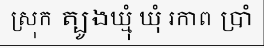
ស្រុក ត្បូងឃ្មុំ ឃុំ រកាព ប្រាំ